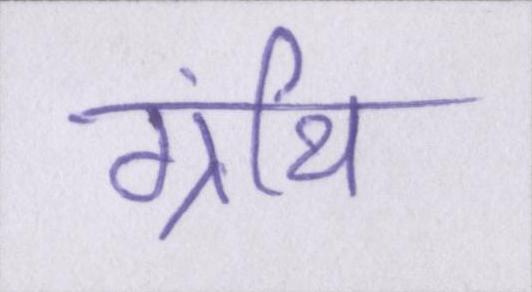
ग्रंथि